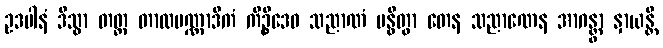
ဥဒပါနံ ဒိသွာ တတ္ထ တာလပဏ္ဏာဒိကံ ကိဉ္စိဒေဝ သညာဏံ ဗန္ဓိတွာ တေန သညာဏေန အာဂန္တွာ နှာယန္တိ